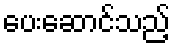
ပေးဆောင်သည့်